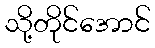
သို့တိုင်အောင်